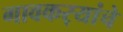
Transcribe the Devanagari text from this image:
गावकर्‍यांचे